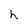
Character: h